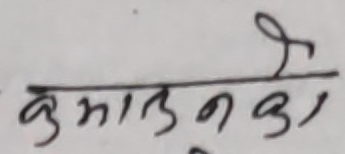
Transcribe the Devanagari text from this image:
कुमाउनको